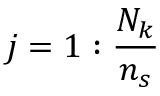
j = 1 : \frac { N _ { k } } { n _ { s } }